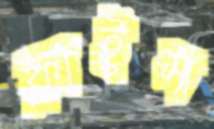
ফ্লাইস